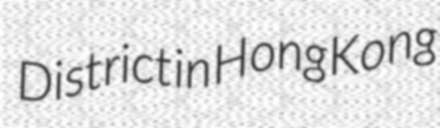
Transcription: District in Hong Kong